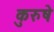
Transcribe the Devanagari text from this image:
कुरुषे